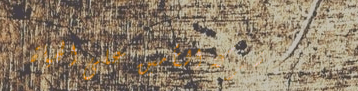
شركة التأمين على الحياة